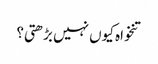
تنخواہ کیوں نہیں بڑھتی؟